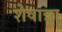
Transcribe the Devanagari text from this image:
शेषान्ना